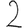
Digit: 2